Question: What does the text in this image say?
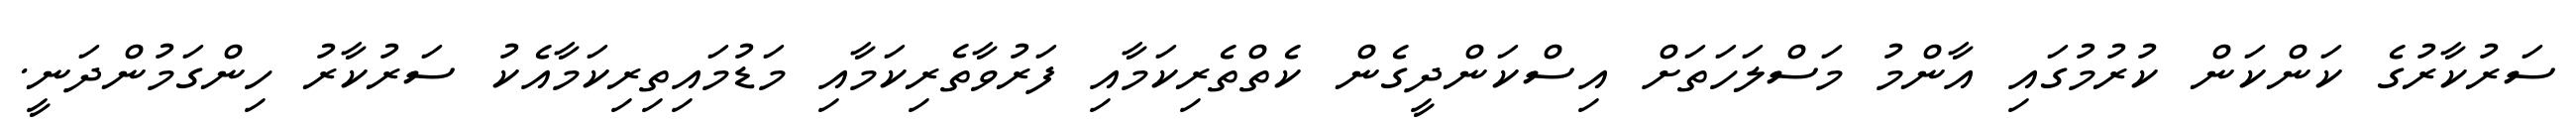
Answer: ސަރުކާރުގެ ކަންކަން ކުރުމުގައި އާންމު މަސްލަހަތަށް އިސްކަންދީގެން ކެތްތެރިކަމާއި ފަރުވާތެރިކަމާއި މަޑުމައިތިރިކަމާއެކު ސަރުކާރު ހިންގަމުންދަނީ.